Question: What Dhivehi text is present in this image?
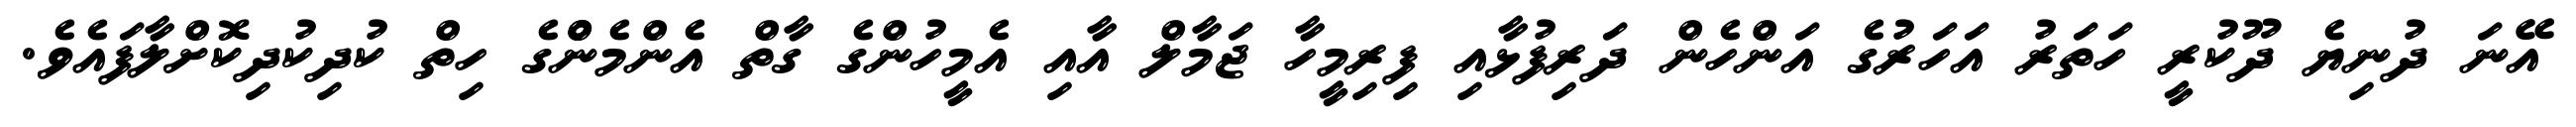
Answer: އޭނަ ދުނިޔެ ދޫކުރީ ހަތަރު އަހަރުގެ އަންހެން ދަރިފުޅާއި ފިރިމީހާ ޖަމާލް އާއި އެމީހުންގެ ގާތް އެންމެންްގެ ހިތް ކުދިކުދިކޮށްލާފައެވެ.